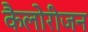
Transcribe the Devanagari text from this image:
कैलोरीजन